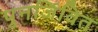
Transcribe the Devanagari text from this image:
पुनर्जिवित